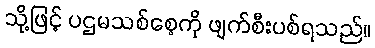
သို့ဖြင့် ပဌမသစ်စေ့ကို ဖျက်စီးပစ်ရသည်။